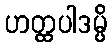
ဟတ္ထပါဒမ္ပိ